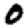
Digit: 0